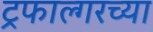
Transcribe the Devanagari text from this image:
ट्रफाल्गरच्या